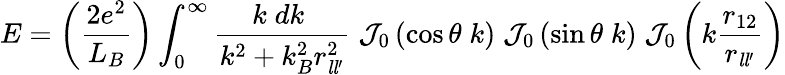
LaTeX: E=\left({\frac{2e^{2}}{L_{B}}}\right)\int_{0}^{\infty}{\frac{k\; dk\; }{k^{2}+k_{B}^{2}r_{{\mathit{l}}{\mathit{l}}^{\prime}}^{2}}}\; {\mathcal{J}}_{0}\left(\cos\theta\; k\right)\; {\mathcal{J}}_{0}\left(\sin\theta\; k\right)\; {\mathcal{J}}_{0}\left(k{\frac{r_{12}}{r_{{\mathit{l}}{\mathit{l}}^{\prime}}}}\right)